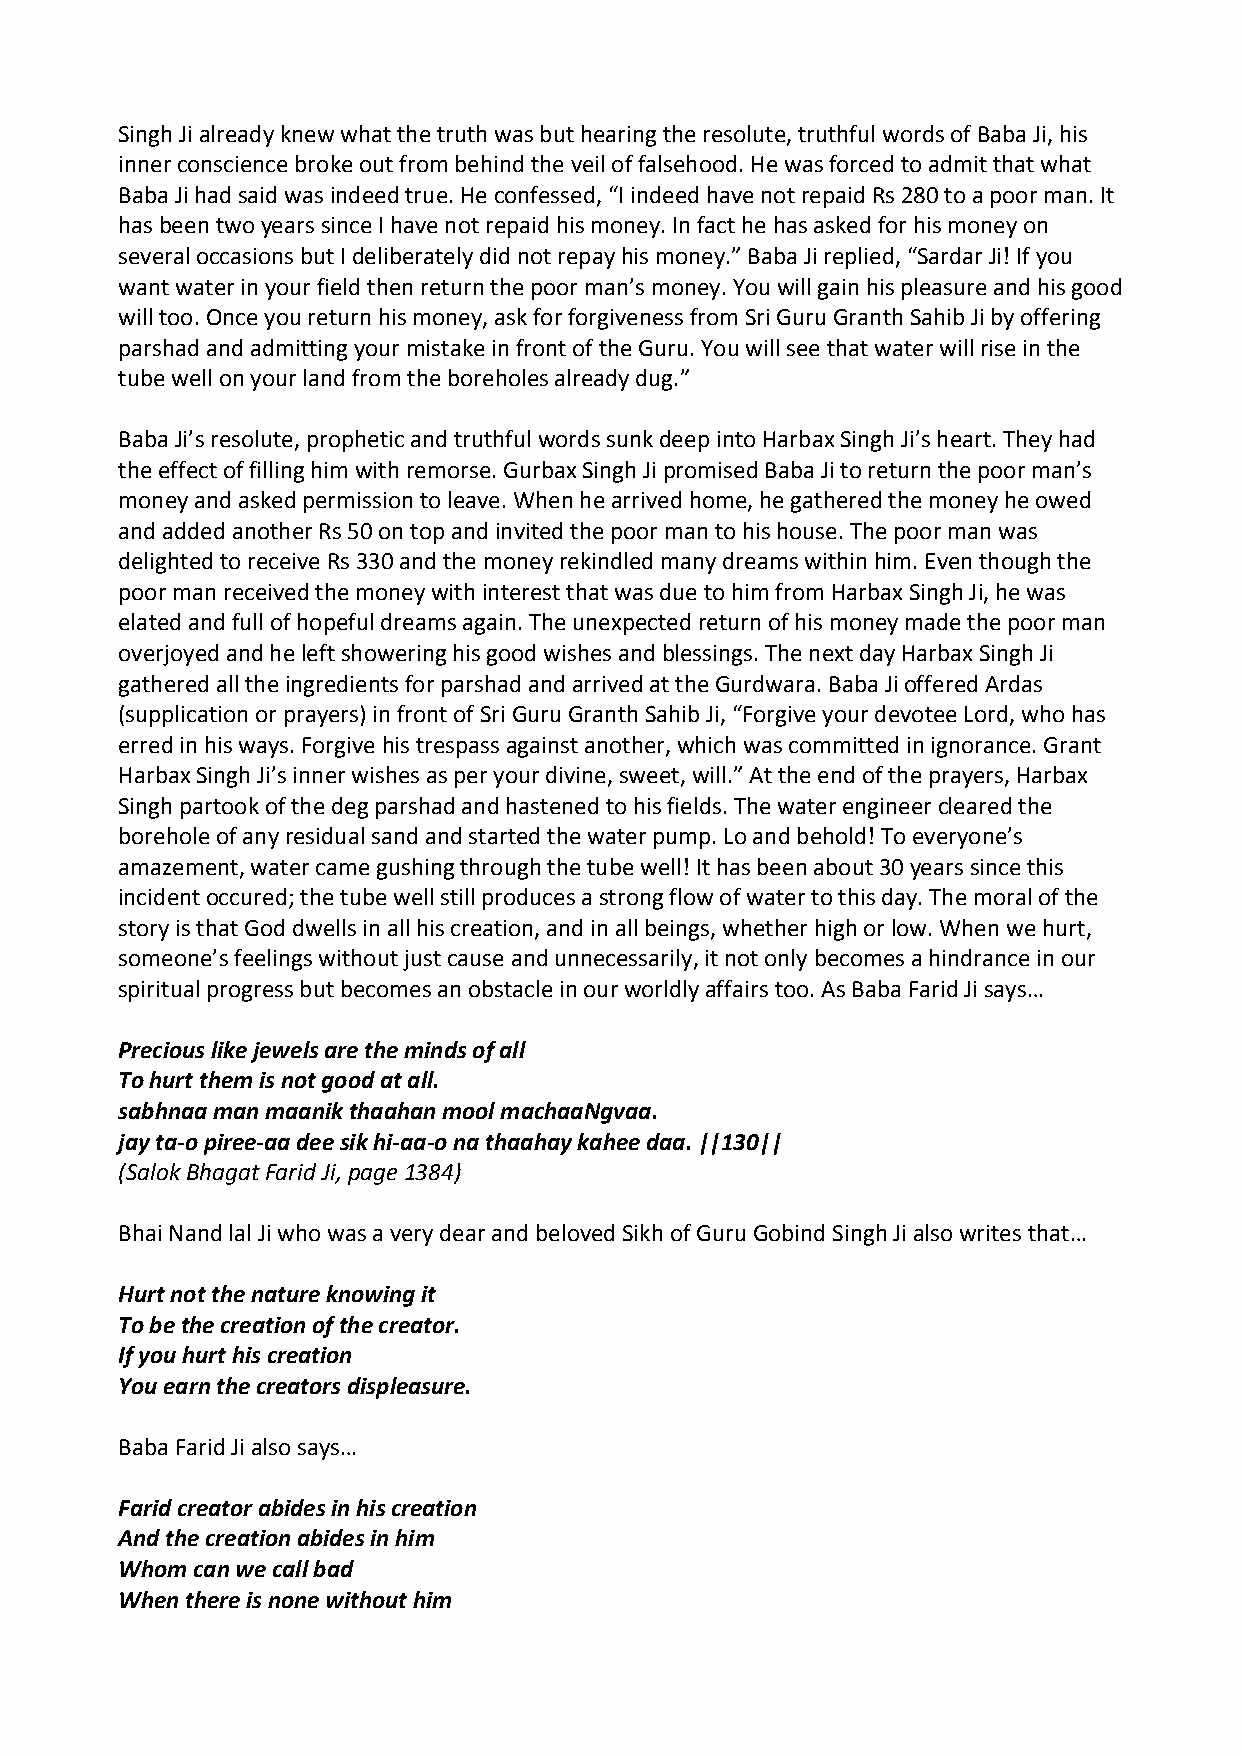
Singh Ji already knew what the truth was but hearing the resolute, truthful words of Baba Ji, his
 inner conscience broke out from behind the veil of falsehood. He was forced to admit that what
 Baba Ji had said was indeed true. He confessed, “I indeed have not repaid Rs 280 to a poor man. It
 has been two years since I have not repaid his money. In fact he has asked for his money on
 several occasions but I deliberately did not repay his money.” Baba Ji replied, “Sardar Ji! If you
 want water in your field then return the poor man’s money. You will gain his pleasure and his good
 will too. Once you return his money, ask for forgiveness from Sri Guru Granth Sahib Ji by offering
 parshad and admitting your mistake in front of the Guru. You will see that water will rise in the
 tube well on your land from the boreholes already dug.”
 Baba Ji’s resolute, prophetic and truthful words sunk deep into Harbax Singh Ji’s heart. They had
 the effect of filling him with remorse. Gurbax Singh Ji promised Baba Ji to return the poor man’s
 money and asked permission to leave. When he arrived home, he gathered the money he owed
 and added another Rs 50 on top and invited the poor man to his house. The poor man was
 delighted to receive Rs 330 and the money rekindled many dreams within him. Even though the
 poor man received the money with interest that was due to him from Harbax Singh Ji, he was
 elated and full of hopeful dreams again. The unexpected return of his money made the poor man
 overjoyed and he left showering his good wishes and blessings. The next day Harbax Singh Ji
 gathered all the ingredients for parshad and arrived at the Gurdwara. Baba Ji offered Ardas
 (supplication or prayers) in front of Sri Guru Granth Sahib Ji, “Forgive your devotee Lord, who has
 erred in his ways. Forgive his trespass against another, which was committed in ignorance. Grant
 Harbax Singh Ji’s inner wishes as per your divine, sweet, will.” At the end of the prayers, Harbax
 Singh partook of the deg parshad and hastened to his fields. The water engineer cleared the
 borehole of any residual sand and started the water pump. Lo and behold! To everyone’s
 amazement, water came gushing through the tube well! It has been about 30 years since this
 incident occured; the tube well still produces a strong flow of water to this day. The moral of the
 story is that God dwells in all his creation, and in all beings, whether high or low. When we hurt,
 someone’s feelings without just cause and unnecessarily, it not only becomes a hindrance in our
 spiritual progress but becomes an obstacle in our worldly affairs too. As Baba Farid Ji says…
 Precious like jewels are the minds of all
 To hurt them is not good at all.
 sabhnaa man maanik thaahan mool machaaNgvaa.
 jay ta‐o piree‐aa dee sik hi‐aa‐o na thaahay kahee daa. ||130||
 (Salok Bhagat Farid Ji, page 1384)
 Bhai Nand lal Ji who was a very dear and beloved Sikh of Guru Gobind Singh Ji also writes that…
 Hurt not the nature knowing it
 To be the creation of the creator.
 If you hurt his creation
 You earn the creators displeasure.
 Baba Farid Ji also says…
 Farid creator abides in his creation
 And the creation abides in him
 Whom can we call bad
 When there is none without him